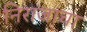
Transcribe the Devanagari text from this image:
निराजाचा